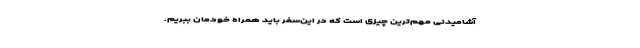
آشامیدنی مهم‌ترین چیزی است که در این‌سفر باید همراه خودمان ببریم.